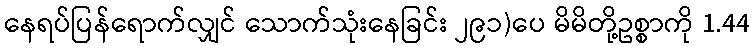
နေရပ်ပြန်ရောက်လျှင် သောက်သုံးနေခြင်း ၂၉၁)ပေ မိမိတို့ဥစ္စာကို 1.44